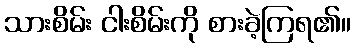
သားစိမ်း ငါးစိမ်းကို စားခဲ့ကြရ၏။